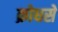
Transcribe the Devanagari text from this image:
क्रोधसे